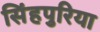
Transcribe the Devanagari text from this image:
सिंहपुरिया